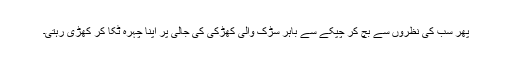
پھر سب کی نظروں سے بچ کر چپکے سے باہر سڑک والی کھڑکی کی جالی پر اپنا چہرہ ٹکا کر کھڑی رہتی۔